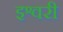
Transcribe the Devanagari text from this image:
इश्वरी